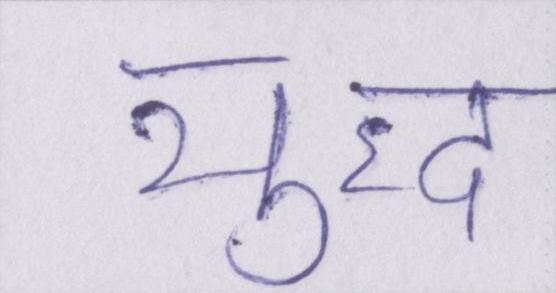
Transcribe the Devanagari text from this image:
युध्द